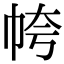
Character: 㡁